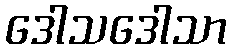
ဒေါသဒေါသာ